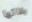
بقائها